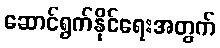
ဆောင်ရွက်နိုင်ရေးအတွက်